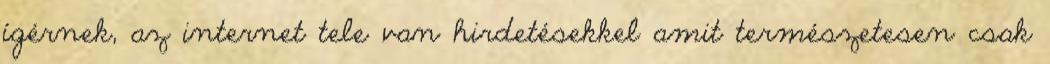
ígérnek, az internet tele van hirdetésekkel amit természetesen csak